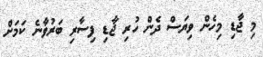
މި ޖާޑި މިހެން ވިޔަސް ދެން ހުރި ޖާޑި ފިސާރި ބަރުވާނެ ކަމަށް